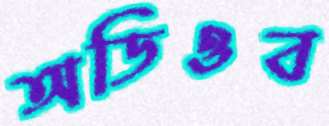
অডিওব